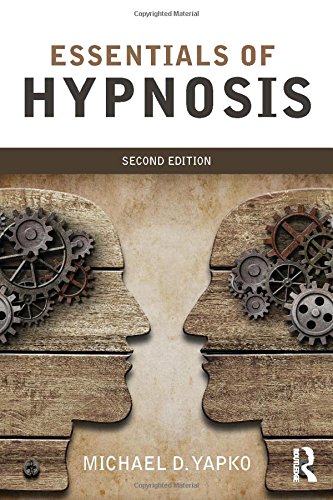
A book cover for Essentials of Hypnosis; Michael D. Yapko; Health, Fitness & Dieting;